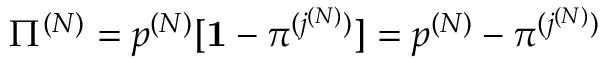
{ \Pi } ^ { ( N ) } = p ^ { ( N ) } [ { \bf 1 } - { \pi } ^ { ( j ^ { ( N ) } ) } ] = p ^ { ( N ) } - { \pi } ^ { ( j ^ { ( N ) } ) }